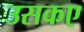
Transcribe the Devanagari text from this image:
उसकए